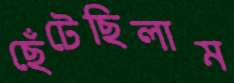
ছেঁটেছিলাম